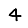
Digit: 4